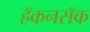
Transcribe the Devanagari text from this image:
हॅकनसॅक